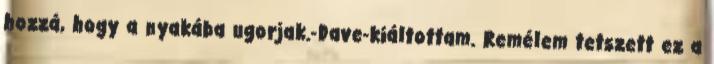
hozzá, hogy a nyakába ugorjak.-Dave-kiáltottam. Remélem tetszett ez a